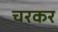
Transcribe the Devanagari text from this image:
चरकर